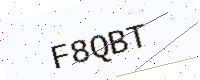
Text: F8QBT